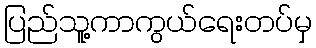
ပြည်သူ့ကာကွယ်ရေးတပ်မှ